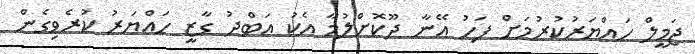
ޖަމީލް ހައްޔަރުކުރުމަށް ފަހު އޭނާ ދޫކޮށްލުމާ އެކު އަބްދު ގާޒީ ހައްޔަރު ކުރެވިގެން